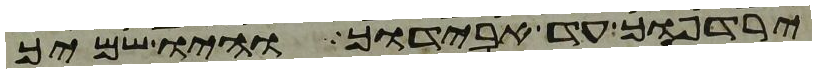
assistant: ירדפוך עד אבידוך והיו שמיך